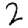
Digit: 2